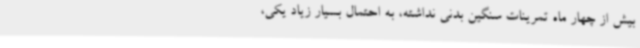
بیش از چهار ماه تمرینات سنگین بدنی نداشته، به احتمال بسیار زیاد یکی،